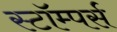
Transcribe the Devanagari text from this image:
स्टॉम्पर्स